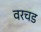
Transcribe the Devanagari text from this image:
वरचड